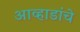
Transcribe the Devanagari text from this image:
आव्हाडांचे